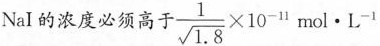
Nal的浓度必须高于$$\frac { 1 } { \sqrt { 1 . 8 } } \times 1 0 ^ { - 1 1 }$$mol \cdot L^{-1}